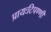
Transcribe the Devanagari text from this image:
प्रायःटिपण्णी